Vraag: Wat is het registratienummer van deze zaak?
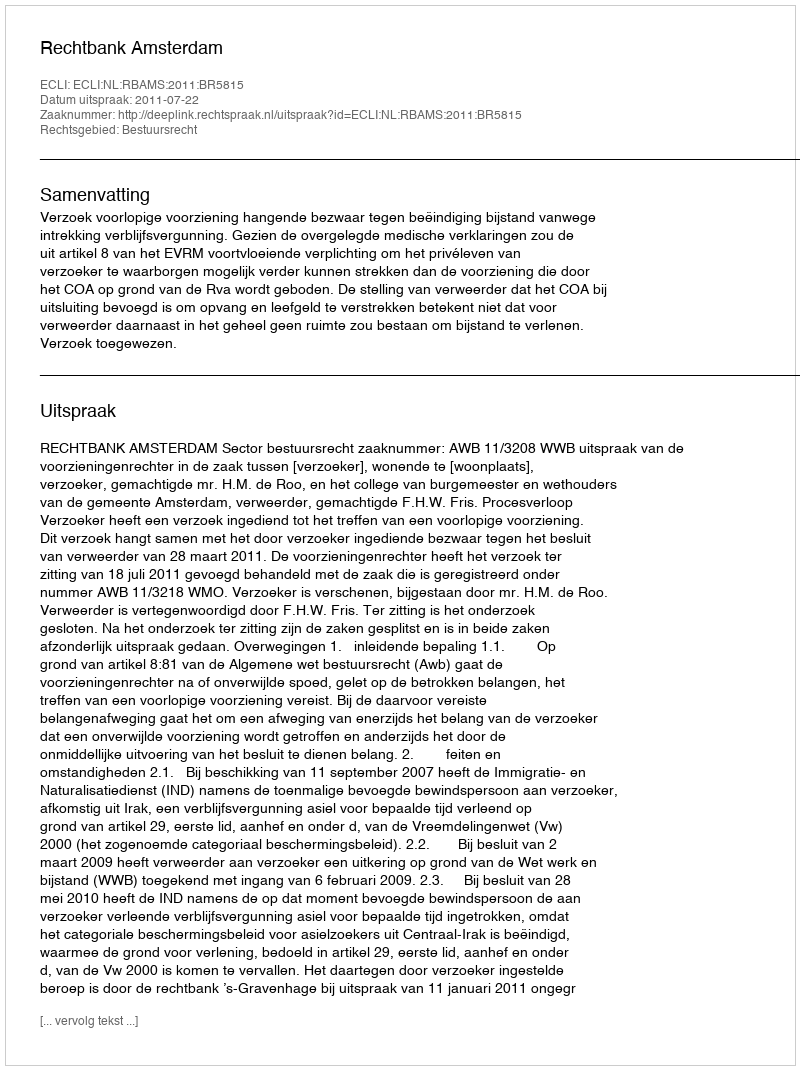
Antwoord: http://deeplink.rechtspraak.nl/uitspraak?id=ECLI:NL:RBAMS:2011:BR5815